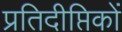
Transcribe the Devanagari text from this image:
प्रतिदीप्तिकों